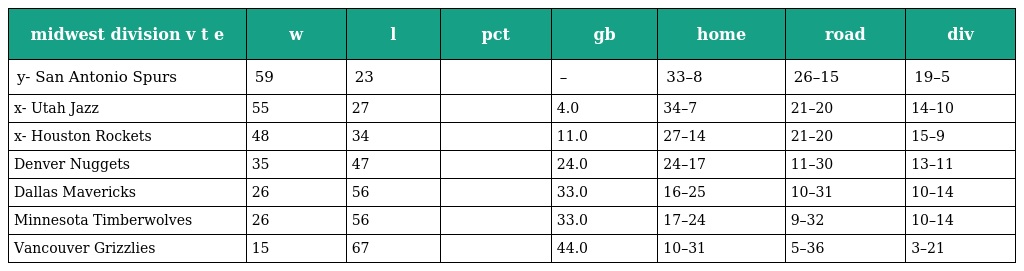
| midwest division v t e | w | l | pct | gb | home | road | div |
 | --- | --- | --- | --- | --- | --- | --- | --- |
 | y- San Antonio Spurs | 59 | 23 |  | – | 33–8 | 26–15 | 19–5 |
 | x- Utah Jazz | 55 | 27 |  | 4.0 | 34–7 | 21–20 | 14–10 |
 | x- Houston Rockets | 48 | 34 |  | 11.0 | 27–14 | 21–20 | 15–9 |
 | Denver Nuggets | 35 | 47 |  | 24.0 | 24–17 | 11–30 | 13–11 |
 | Dallas Mavericks | 26 | 56 |  | 33.0 | 16–25 | 10–31 | 10–14 |
 | Minnesota Timberwolves | 26 | 56 |  | 33.0 | 17–24 | 9–32 | 10–14 |
 | Vancouver Grizzlies | 15 | 67 |  | 44.0 | 10–31 | 5–36 | 3–21 |